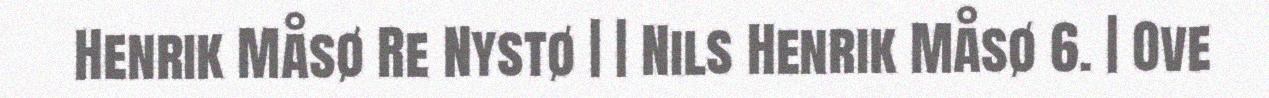
Henrik Måsø Re Nystø | | Nils Henrik Måsø 6. | Ove